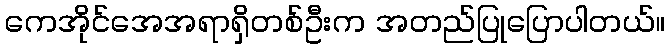
ကေအိုင်အေအရာရှိတစ်ဦးက အတည်ပြုပြောပါတယ်။